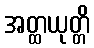
အတ္ထယုတ္တိ